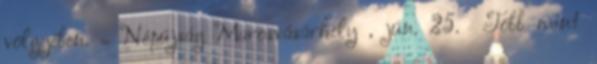
völgyében. = Népújság Marosvásárhely , jún. 25. Több mint